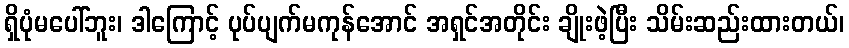
ရှိပုံမပေါ်ဘူး၊ ဒါကြောင့် ပုပ်ပျက်မကုန်အောင် အရှင်အတိုင်း ချိုးဖဲ့ပြီး သိမ်းဆည်းထားတယ်၊